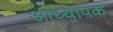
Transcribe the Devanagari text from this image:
आध्यापक